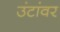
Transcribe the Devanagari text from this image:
उंटांवर